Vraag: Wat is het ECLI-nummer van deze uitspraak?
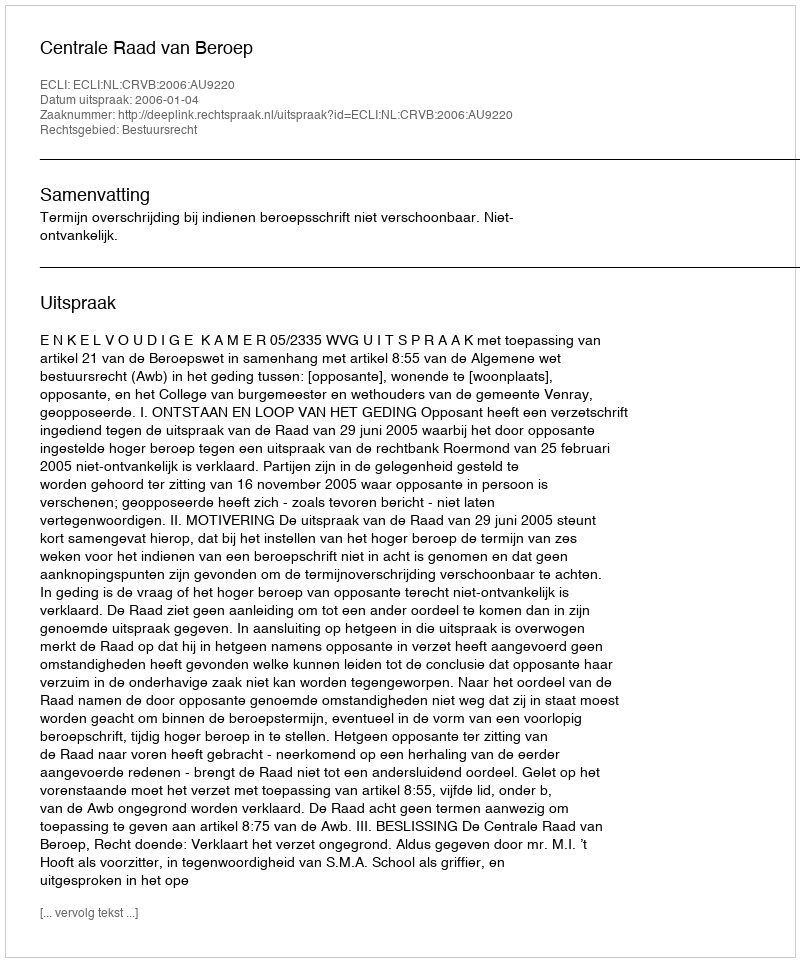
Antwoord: ECLI:NL:CRVB:2006:AU9220